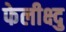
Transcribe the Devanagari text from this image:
फेलीक्ष्दु